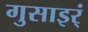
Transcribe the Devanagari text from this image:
गुसाइर्ं